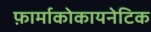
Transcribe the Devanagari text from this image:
फ़ार्माकोकायनेटिक